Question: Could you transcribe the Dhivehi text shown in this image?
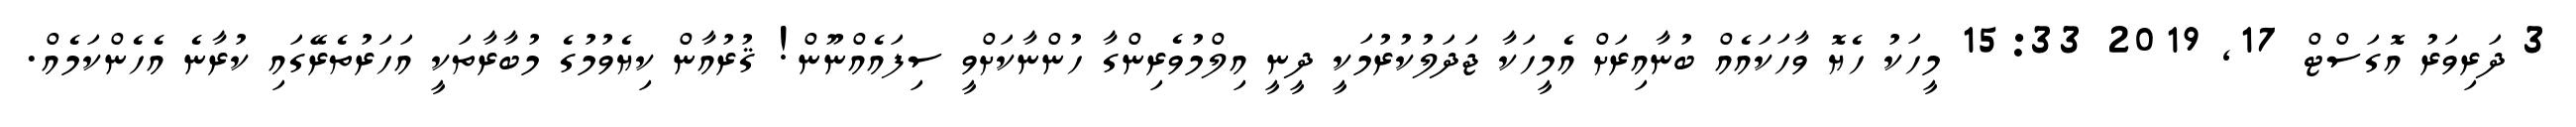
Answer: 3 ދަރިވަރު އޮގަސްޓް 17, 2019 15:33 މީހަކު ހެޔޮ ވާހަކައެއް ބުނާއިރަށް އެމީހަކާ ޖަދަލުކުރުމަކީ ދީނީ އިލްމުވެރިންގާ ހުންނާކަށްވީ ސިފައެއްނޫން! ޤުރުއާން ކިޔެވުމުގެ މުބާރާތަކީ އަހަރުތެރޭގައި ކުރާނެ އެހެންކަމެއް.